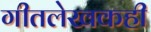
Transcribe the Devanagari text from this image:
गीतलेखकही